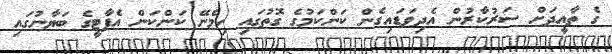
ގެ ތާއީދަށް ސަރުކާރުން އެދިވަޑައިގެން ކަންކަމުގެ ގޮތުގައި ހިމެނޭ ކަންކަން އެޕާޓީގެ ބަޔާނުގައި